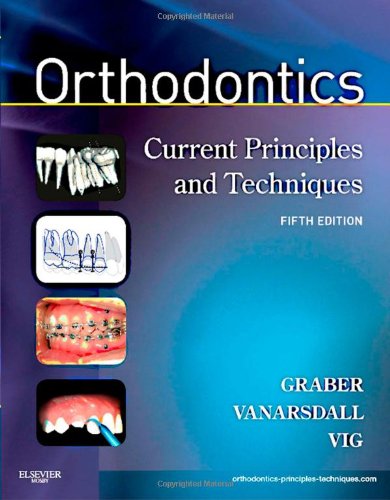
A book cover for Orthodontics: Current Principles and Techniques, 5e; Lee W. Graber DDS  MS  PhD; Medical Books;